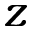
z